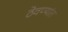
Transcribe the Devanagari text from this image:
ठेवण्यांत